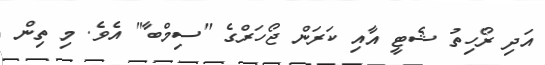
އަދި ރޯހިތު ޝެޓީ އާއި ކަރަން ޖޯހަރްގެ "ސިމްބާ" އެވެ. މި ތިން